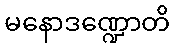
မနောဒဏ္ဍောတိ